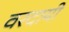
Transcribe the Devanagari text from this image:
वरदायी